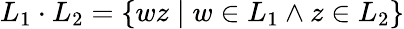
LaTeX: L_{1}\cdot L_{2}=\{ wz\mid w\in L_{1}\land z\in L_{2}\}